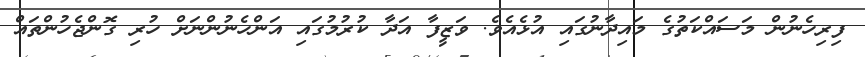
ފިރިހެނުން މަސައްކަތުގެ މައިދާނުގައި އުޅެއެވެ. ވަޒީފާ އަދާ ކުރުމުގައި އަންހެނުންނަށް ހުރި ގޮންޖެހުންތައް